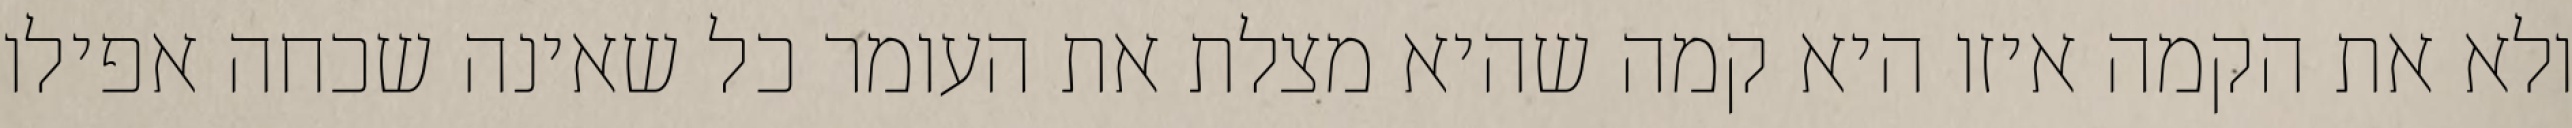
ולא את הקמה איזו היא קמה שהיא מצלת את העומר כל שאינה שכחה אפילו